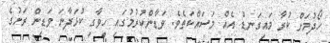
ހޯދުމަށް ކުރާ މައިގަނޑު އެއް މަސައްކަތެވެ. ވަޑާންކުރުމުގައި ހީވާގި ކުޅަދާނަ ވަޑިން ރަށުގެ